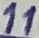
Text: 11